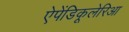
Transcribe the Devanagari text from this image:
ऐपेंडिकूलेरिआ